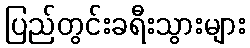
ပြည်တွင်းခရီးသွားများ